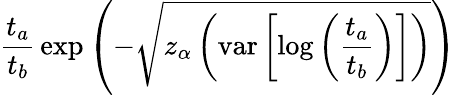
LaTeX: {\frac{t_{a}}{t_{b}}}\exp{\left(-{\sqrt{z_{\alpha}\left(\operatorname{var}\left[\log\left({\frac{t_{a}}{t_{b}}}\right)\right]\right)}}\right)}